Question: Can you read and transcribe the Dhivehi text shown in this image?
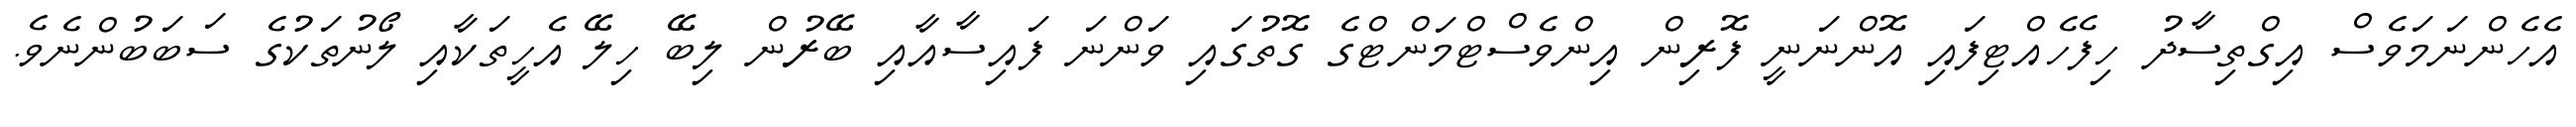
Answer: އެހެންނަމަވެސް އިގްތިސާދު ހިފެހެއްޓިފައި އޮންނަނީ ފޮރިން އިންވެސްޓްމަންޓްގެ ގޮތުގައި ވަންނަ ފައިސާއާއި ބޭރުން ލިބޭ ހިލޭ އެހީތަކާއި ލޯނުތަކުގެ ސަބަބުންނެވެ.